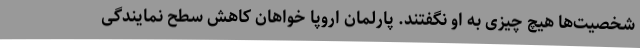
شخصیت‌ها هیچ چیزی به او نگفتند. پارلمان اروپا خواهان کاهش سطح نمایندگی